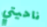
ناحيتي